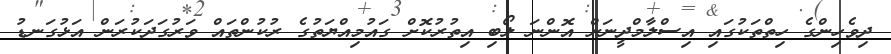
ދިވެހިންގެ ހިތްތަކުގައި އިސްލާމްދީނަށް އޮންނަ ލޯބި އިތުުރުކޮށް ގައުމިއްޔަތުގެ ރުކުންތައް ވަރުގަދަކުރަން އަޅުގަނޑު